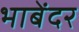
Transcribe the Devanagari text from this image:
भाबेंदर